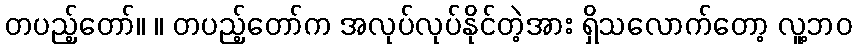
တပည့်တော်။ ။ တပည့်တော်က အလုပ်လုပ်နိုင်တဲ့အား ရှိသလောက်တော့ လူ့ဘဝ